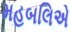
મહબલિએ